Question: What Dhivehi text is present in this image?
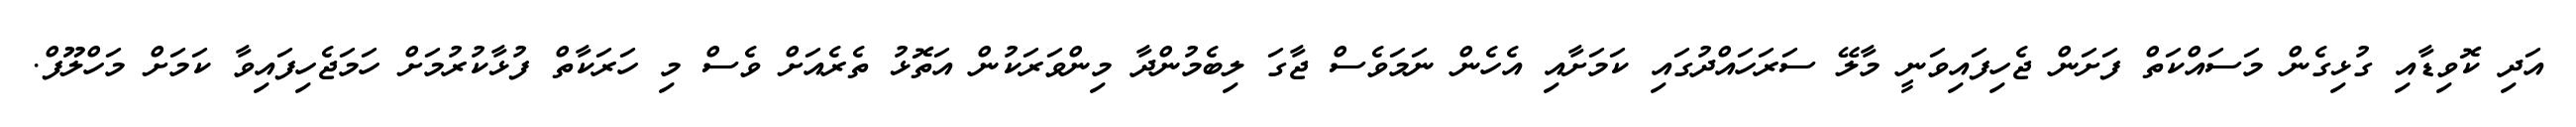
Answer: އަދި ކޮވިޑާއި ގުޅިގެން މަސައްކަތް ފަށަން ޖެހިފައިވަނީ މާލޭ ސަރަހައްދުގައި ކަމަށާއި އެހެން ނަމަވެސް ޖާގަ ލިބެމުންދާ މިންވަރަކުން އަތޮޅު ތެރެއަށް ވެސް މި ހަރަކާތް ފުޅާކުރުމަށް ހަމަޖެހިފައިވާ ކަމަށް މަހްލޫފް.